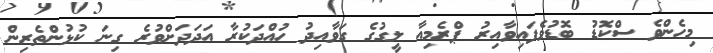
މިހެންވެ ސްކޮޑު ބޮޑުވެފައިވާއިރު ޕްރެމިއާ ލީގުގެ ގަވާއިދު ހުއްދަކުރާ އަދަދަށްވުރެ ގިނަ ކުޅުންތެރިން